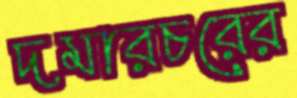
দমারচরের